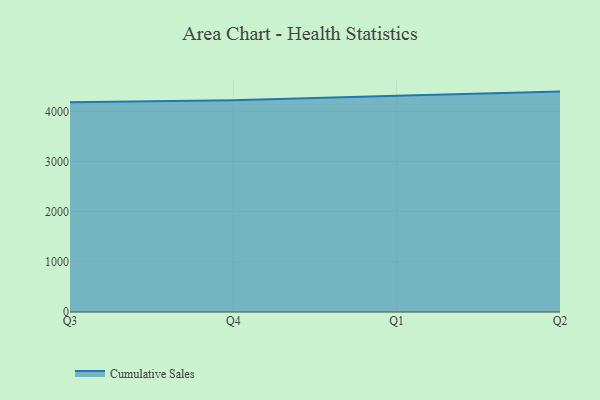
{"axis": {"x": "Quarter", "y": "Active Users"}, "legend": ["Cumulative Sales"], "data": [{"x": "Q3", "y": 4181.5, "type": "Cumulative Sales"}, {"x": "Q4", "y": 4222.6, "type": "Cumulative Sales"}, {"x": "Q1", "y": 4310.7, "type": "Cumulative Sales"}, {"x": "Q2", "y": 4394.4, "type": "Cumulative Sales"}]}